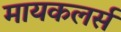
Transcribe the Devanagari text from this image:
मायकलर्स